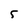
Character: 5